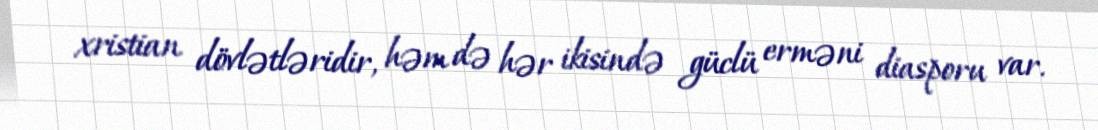
xristian dövlətləridir, həm də hər ikisində güclü erməni diasporu var.